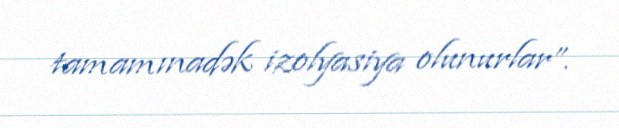
tamamınadək izolyasiya olunurlar”.